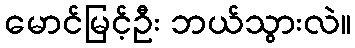
မောင်မြင့်ဦး ဘယ်သွားလဲ။